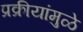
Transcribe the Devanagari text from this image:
प्रक्रीयांमुळे